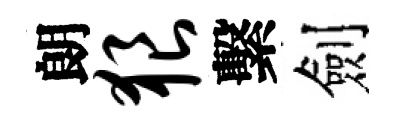
朗狼繫劍